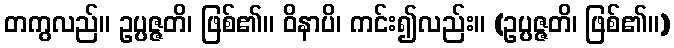
တကွလည်။ ဥပ္ပဇ္ဇတိ၊ ဖြစ်၏။ ဝိနာပိ၊ ကင်း၍လည်း။ (ဥပ္ပဇ္ဇတိ၊ ဖြစ်၏။)